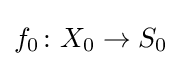
f_{0}\colon X_{0}\to S_{0}